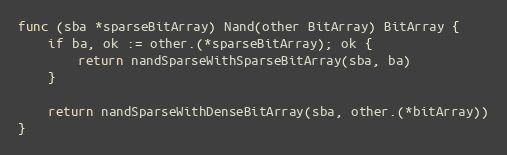
Language: Go
func (sba *sparseBitArray) Nand(other BitArray) BitArray {
	if ba, ok := other.(*sparseBitArray); ok {
		return nandSparseWithSparseBitArray(sba, ba)
	}

	return nandSparseWithDenseBitArray(sba, other.(*bitArray))
}